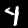
Label: 4